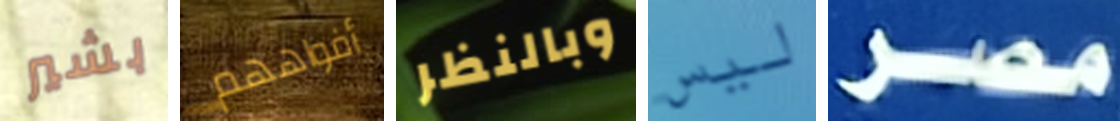
بشير أفواههم وبالنظر ليس مصر